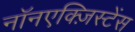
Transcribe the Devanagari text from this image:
नॉनएक्ज़िस्टेंस